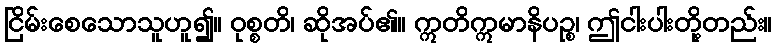
ငြိမ်းစေသောသူဟူ၍။ ဝုစ္စတိ၊ ဆိုအပ်၏။ ဣတိဣမာနိပဉ္စ၊ ဤငါးပါးတို့တည်း။